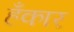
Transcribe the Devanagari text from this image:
हँकार